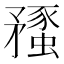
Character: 𥎔